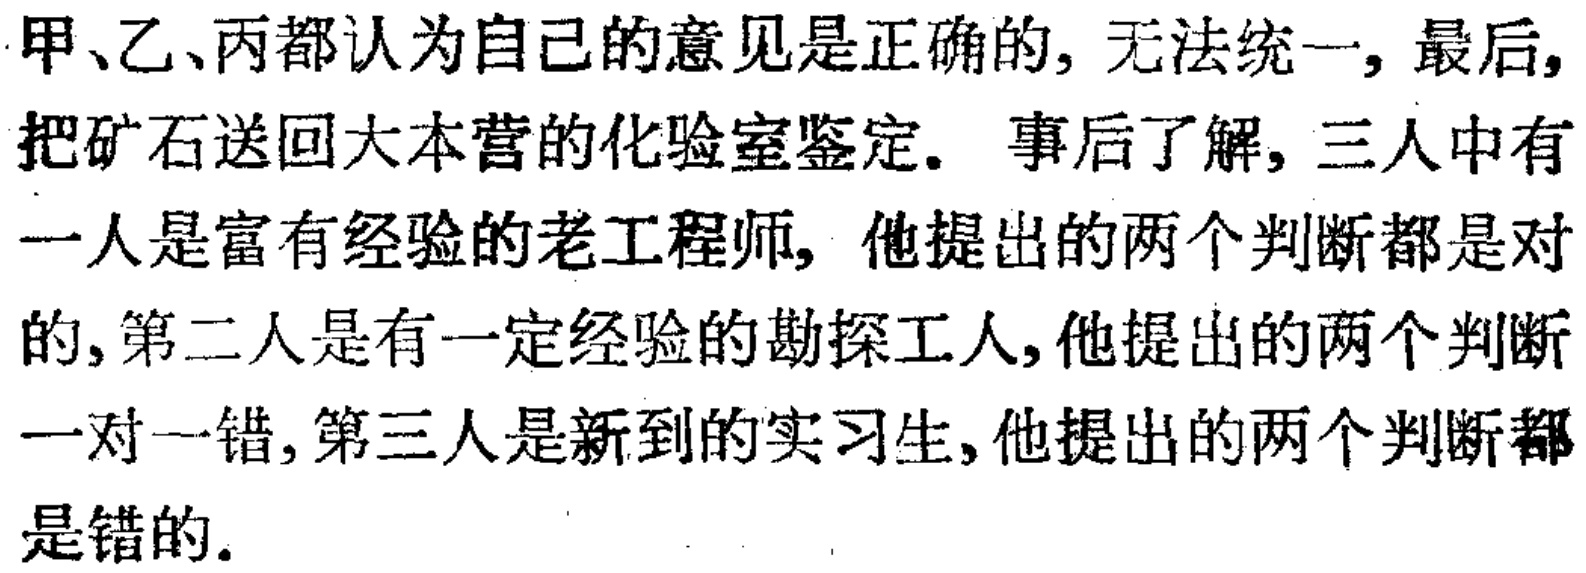
甲、乙、丙都认为自己的意见是正确的, 无法统一, 最后, 把矿石送回大本营的化验室鉴定. 事后了解, 三人中有一人是富有经验的老工程师, 他提出的两个判断都是对的, 第二人是有一定经验的勘探工人, 他提出的两个判断一对一错, 第三人是新到的实习生, 他提出的两个判断都是错的.